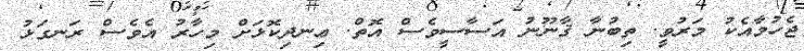
ޖެހުމާއެކު މަރުވީ. ތިބުނާ ޤާނޫނު އަސާސީވެސް އޮތް. ޢިނދިކޮޅަށް މިހާރު އެވެސް ރަނގަޅު